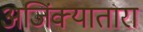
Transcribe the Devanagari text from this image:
अजिंक्यातारा